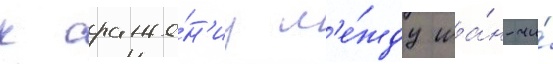
к сраже́н'иу м'е́жду ша́н-чи́